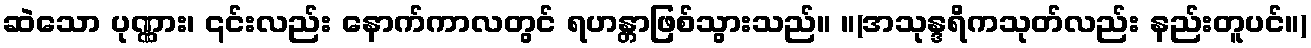
ဆဲသော ပုဏ္ဏား၊ ၎င်းလည်း နောက်ကာလတွင် ရဟန္တာဖြစ်သွားသည်။ ။(အသုန္ဒရိကသုတ်လည်း နည်းတူပင်။)